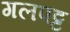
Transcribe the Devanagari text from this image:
गलपट्ट